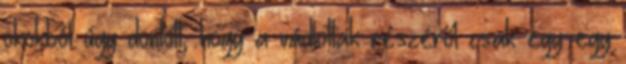
okokból úgy döntött, hogy a vádlottak részéről csak egy-egy